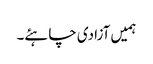
ہمیں آزادی چاہئے۔